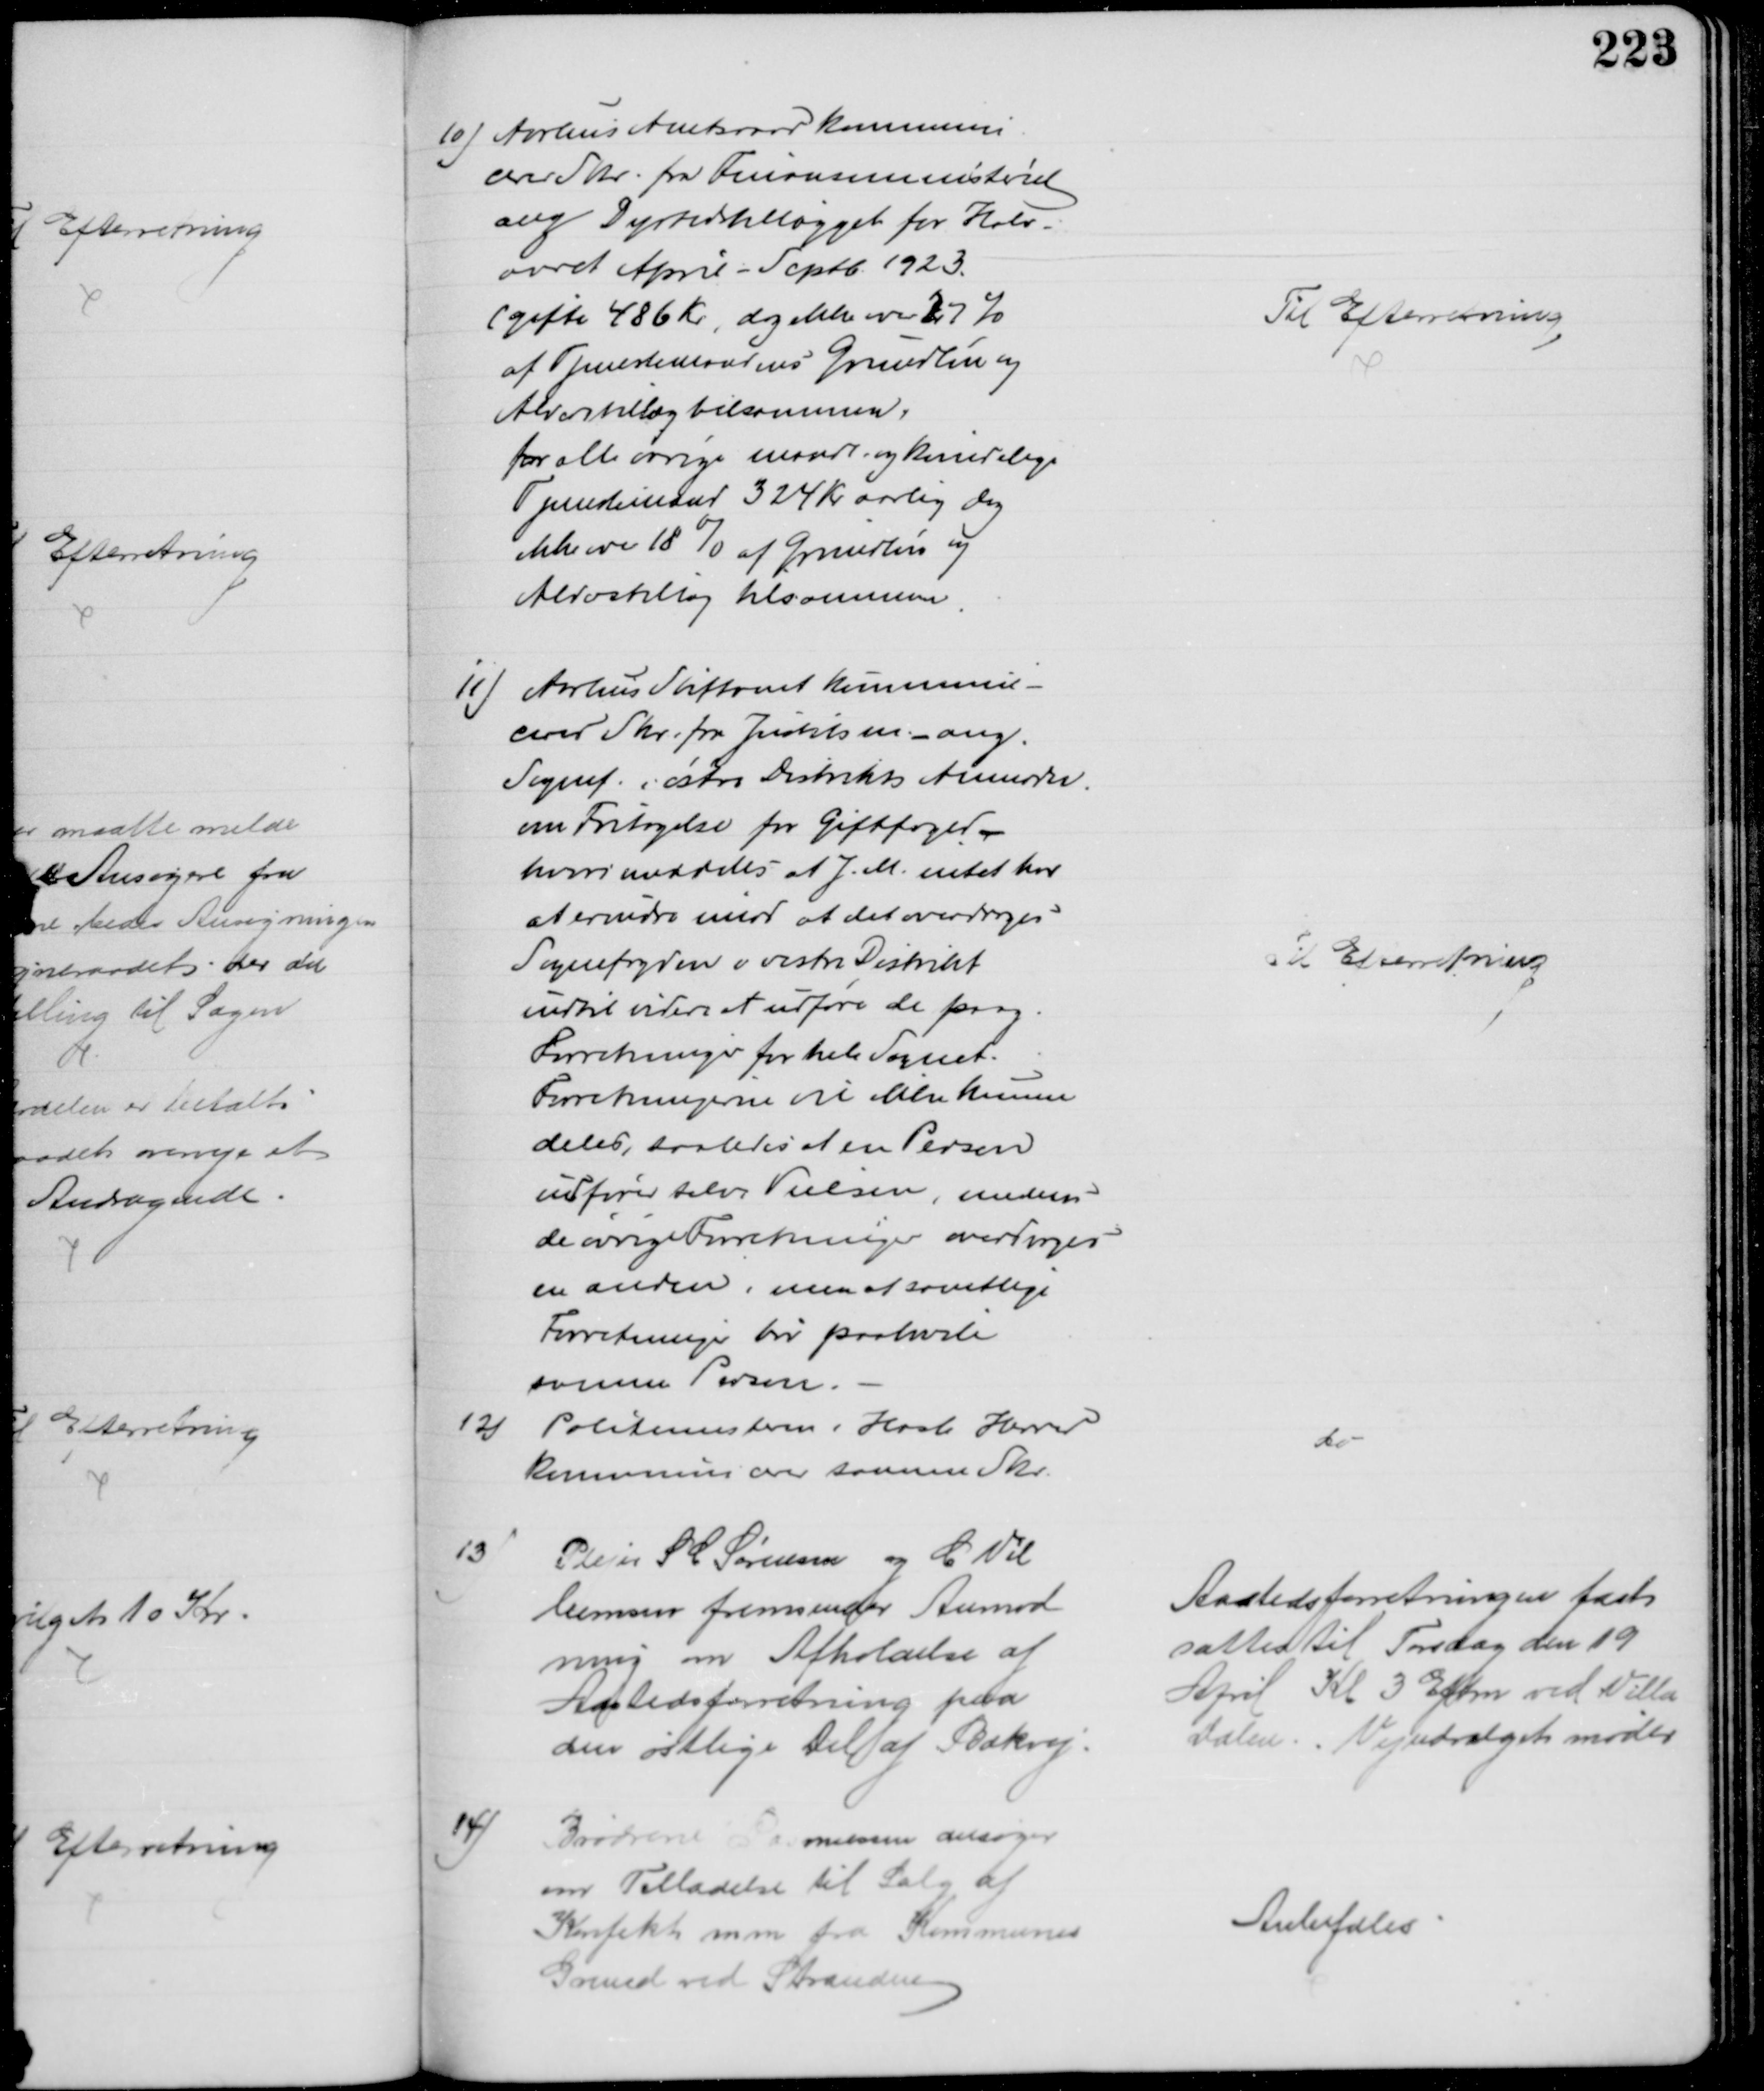
Transskription:
10) Aarhus Amtsraad kommuni-
cerer Skr. fra Finansministeret
ang Dyrtidstillægget for Halv-
aaret April - Septb. 1923.
(gifte 486 Kr, dog ikke over 27 %
af Tjestemændenes Grundløn og
Alderstillæg tilsammen,
for alle øvrige mandl og kvindelige
Tjenestemænd 324 Kr aarlig dog
ikke over 18 % af Grundløn og
Alderstillæg tilsammen
Til Efterretning
11) Aarhus Stiftamt kommuni-
cerer Skr. fra Justitsm. ang.
Sognef. i østre Distrikts Anmodn.
om Fritagelse for Giftefoged
hvori meddeles at J. M. intet har 
at erindre imod at det overdrages
Sognefogden v vestre Distrikt
indtil videre at udføre de paag.
Forretninger for hele Sognet.
Forretningerne vil ikke kunne
deles, saaledes at en Person
udfører selve Vielsen, medens
de øvrige Forretninger overdrages
en anden, men at samtlige
Forretninger bør paahvile
samme Person.
Til Efterretning
12)
Politimesteren i Hasle Herred
kommunicerer samme Skr.
do
13)
Plejer S C Sørensen og C Vil
lumsen fremsender Anmod
ning om Afholdelse af
Aastedsforretning paa
den østlige Del af Bækvej.
Aastedsforretningen fast
sattes til Torsdag den 19
April Kl 3 Eftm ved Villa
Dalen. Vejudvalget møder
14)
Brødrene Rasmussen ansøger 
om Tilladelse til Salg af
Konfekt mm fra Kommunes
Grund ved Stranden
Anbefales